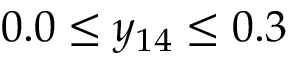
0 . 0 \leq y _ { 1 4 } \leq 0 . 3